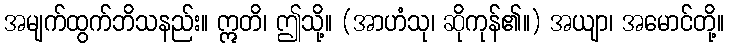
အမျက်ထွက်ဘိသနည်း။ ဣတိ၊ ဤသို့။ (အာဟံသု၊ ဆိုကုန်၏။) အယျာ၊ အမောင်တို့။